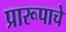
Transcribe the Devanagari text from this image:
प्रारूपाचे